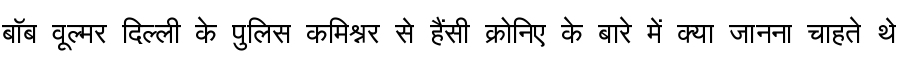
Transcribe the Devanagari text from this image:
बॉब वूल्मर दिल्ली के पुलिस कमिश्नर से हैंसी क्रोनिए के बारे में क्या जानना चाहते थे